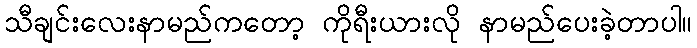
သီချင်းလေးနာမည်ကတော့ ကိုရီးယားလို နာမည်ပေးခဲ့တာပါ။